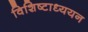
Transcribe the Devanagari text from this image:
विशिष्टाध्ययन